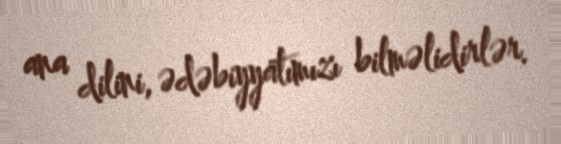
ana dilini, ədəbiyyatımızı bilməlidirlər.